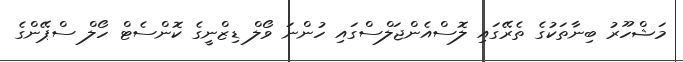
މަޝްހޫރު ބިނާތަކުގެ ތެރޭގައި ލޮސްއެންޖަލްސްގައި ހުންނަ ވޯލް ޑިޒްނީގެ ކޮންސެޓް ހޯލް ސްޕޭންގެ